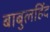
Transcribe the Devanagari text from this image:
बाबुलहिंद